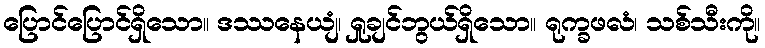
ပြောင်ပြောင်ရှိသော။ ဒဿနေယျံ၊ ရှုချင်ဘွယ်ရှိသော။ ရုက္ခဖလံ၊ သစ်သီးကို။